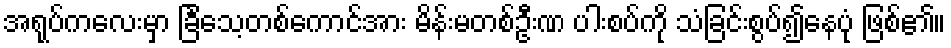
အရုပ်ကလေးမှာ ခြင်္သေ့တစ်ကောင်အား မိန်းမတစ်ဦးဏ ပါးစပ်ကို သံခြင်းစွပ်၍နေပုံ ဖြစ်၏။